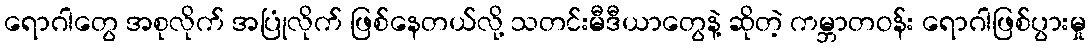
ရောဂါတွေ အစုလိုက် အပြုံလိုက် ဖြစ်နေတယ်လို့ သတင်းမီဒီယာတွေနဲ့ ဆိုတဲ့ ကမ္ဘာတဝန်း ရောဂါဖြစ်ပွားမှု